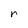
Character: r